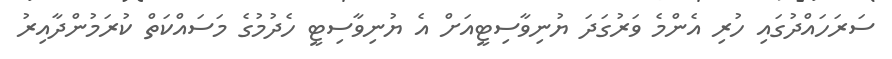
ސަރަހައްދުގައި ހުރި އެންމެ ވަރުގަދަ ޔުނިވާސިޓީއަށް އެ ޔުނިވާސިޓީ ހެދުމުގެ މަސައްކަތް ކުރަމުންދާއިރު